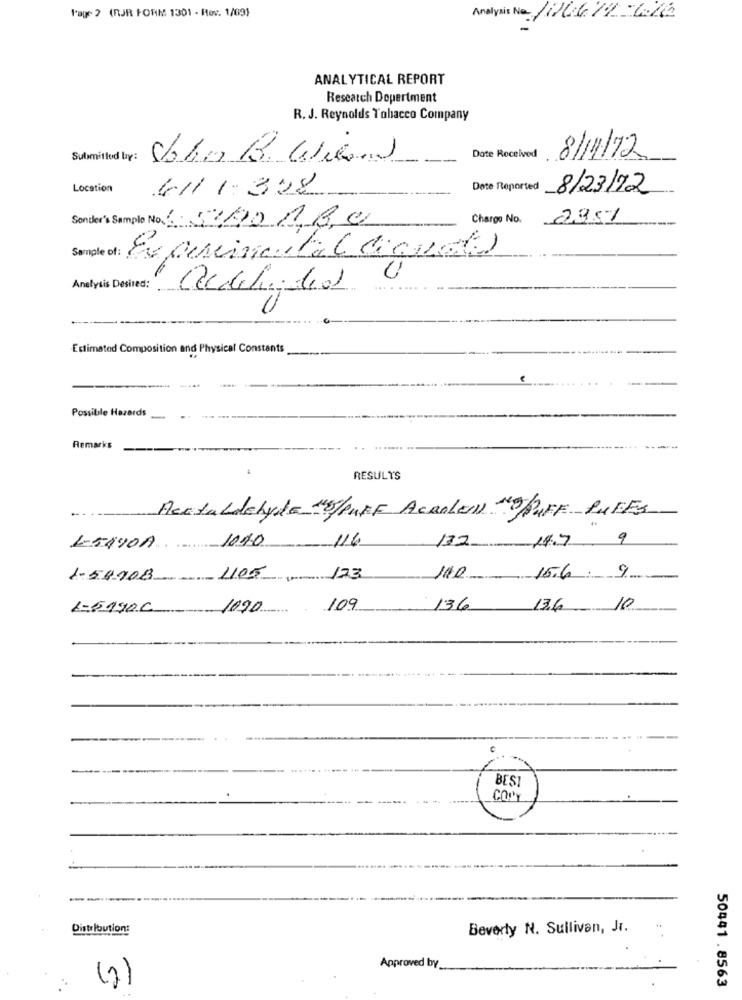
Page ? (RJR FORM 1301 - Rev. 1/09)
Analysis No Jil6 11 Che
ANALYTICAL REPORT
Research Depertment
R. J. Reynolds Tobacco Company
Submitted by:
John B. Wieand
Date Received
8/11/12
Location
6111.328
Date Reported
8/23/72
Sonder's Sample No. 1.200180
Charge No.
2951
Sample of : Examiseite( canada)
Analysis Desired:
Estimated Composition and Physical Constants
Possible Hazards
Remarks
RESULTS
Acetaldehyde 48/PUFF ACROLEN NEPUFF PUFFS
1040
116
132 14.7 9
L-5AYDA
. ........
1-54108 405
- 123
1-5990C
1090 109
136 13.6 10
--
Distribution:
Beverly N. Sullivan, Jr.
Approved by
(2)
50441 .8563